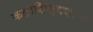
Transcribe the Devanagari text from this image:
कलाशिक्षणाची